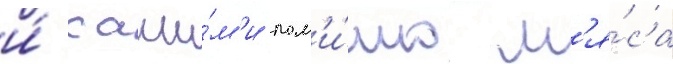
и́ саши́м'и пом'и́мо м'я́са